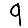
Digit: 9